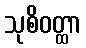
သုစိဝတ္ထာ